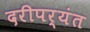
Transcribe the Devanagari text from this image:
दरीपर्यंत